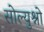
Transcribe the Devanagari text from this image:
सोल्युश्नो